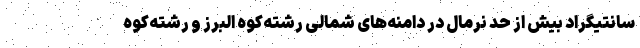
سانتیگراد بیش از حد نرمال در دامنه‌های شمالی رشته‌کوه البرز و رشته‌کوه